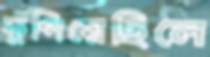
কুপিয়েছিলে